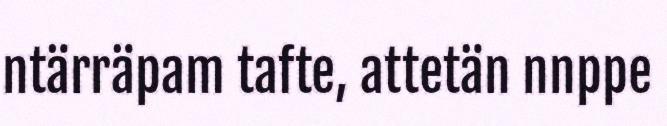
ntärräpam tafte, attetän nnppe